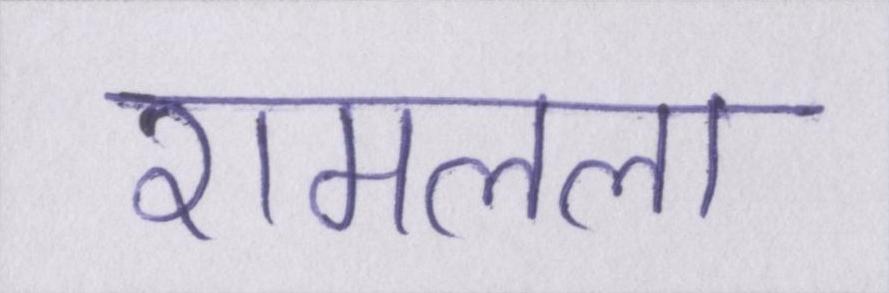
रामलला